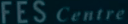
FES Centre